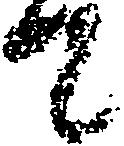
て